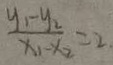
\frac { y _ { 1 } - y _ { 2 } } { x _ { 1 } - x _ { 2 } } = 2 .